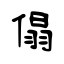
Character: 傝